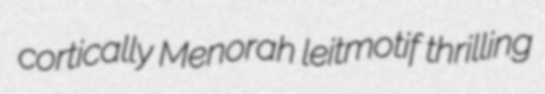
cortically Menorah leitmotif thrilling